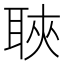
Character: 聗